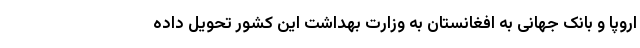
اروپا و بانک جهانی به افغانستان به وزارت بهداشت این کشور تحویل داده